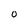
Character: O